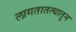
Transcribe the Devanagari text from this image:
लागतातत्यातुन